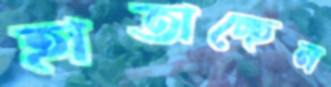
হাতাচ্ছেন